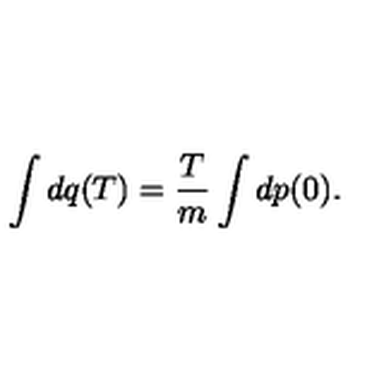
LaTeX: \int d q ( T ) = \frac { T } { m } \int d p ( 0 ) .